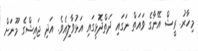
މިހާރު. ރީޝް އޭނާގެ ވައަތް ނަގައި ދަތްދޮޅީގައި އަޅުވާލިއެވެ. އަދި ޖައިޝްގެ މޫނަށް